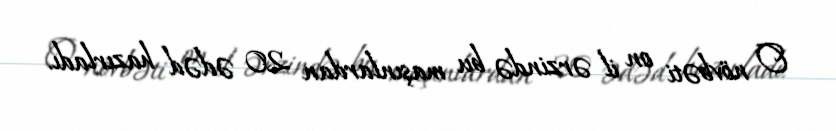
O növbəti on il ərzində bu maşınlardan 20 ədəd hazırladı.